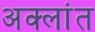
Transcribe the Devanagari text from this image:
अक्लांत